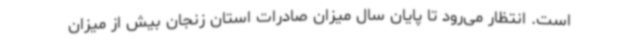
است. انتظار می‌رود تا پایان سال میزان صادرات استان زنجان بیش از میزان